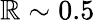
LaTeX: \mathbb{R}\sim0.5